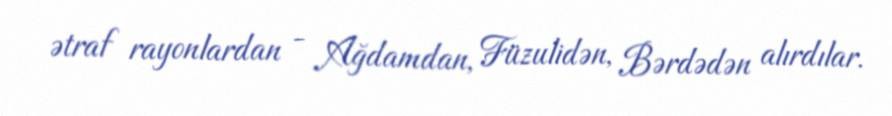
ətraf rayonlardan - Ağdamdan, Füzulidən, Bərdədən alırdılar.